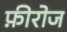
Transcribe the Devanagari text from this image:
फ़ीरोज